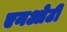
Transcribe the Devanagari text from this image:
एनओटी